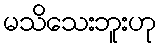
မသိသေးဘူးဟု